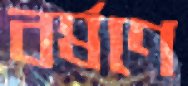
বর্ষণে